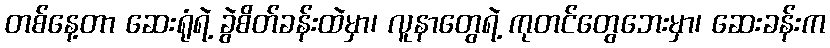
တစ်နေ့တာ ဆေးရုံရဲ့ ခွဲစိတ်ခန်းထဲမှာ၊ လူနာတွေရဲ့ ကုတင်တွေဘေးမှာ၊ ဆေးခန်းက